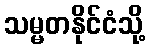
သမ္မတနိုင်ငံသို့